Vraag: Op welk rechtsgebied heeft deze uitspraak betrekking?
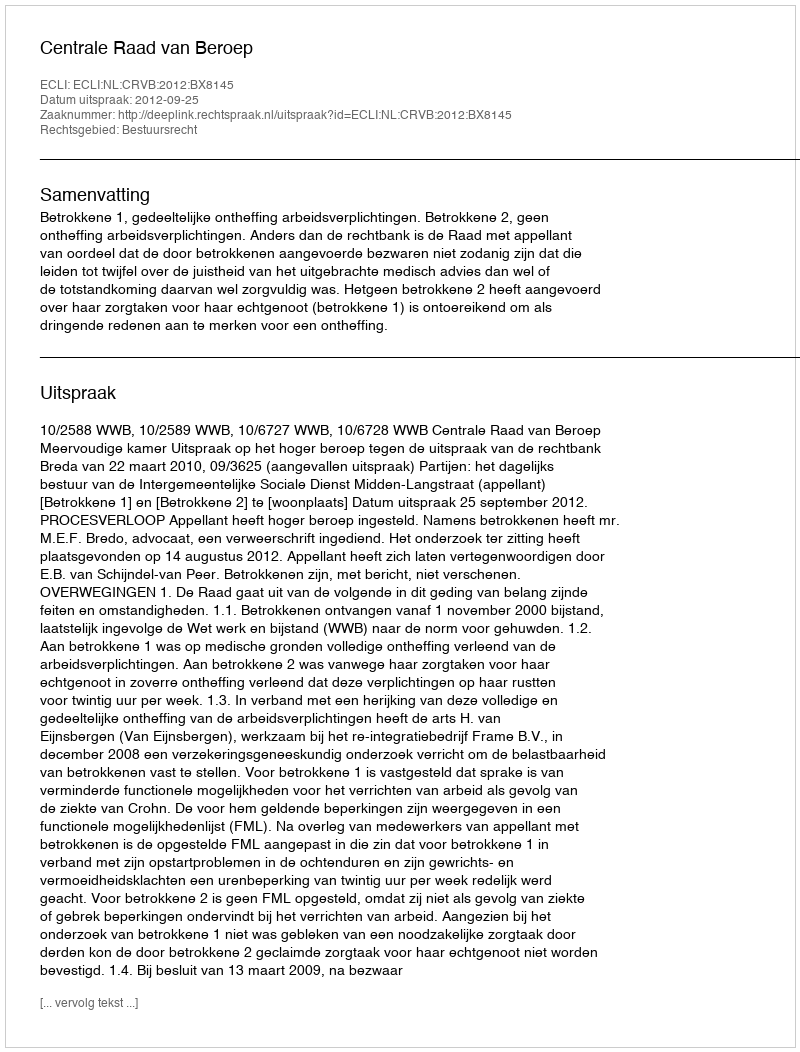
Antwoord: Bestuursrecht